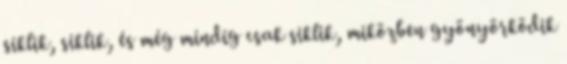
siklik, siklik, és még mindig csak siklik, miközben gyönyörködik